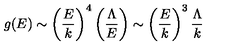
g ( E ) \sim \left( { \frac { E } { k } } \right) ^ { 4 } \left( { \frac { \Lambda } { E } } \right) \sim \left( { \frac { E } { k } } \right) ^ { 3 } { \frac { \Lambda } { k } }